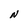
Character: N